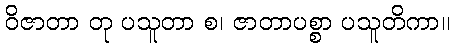
ဝိဇာတာ တု ပသူတာ စ၊ ဇာတာပစ္စာ ပသူတိကာ။